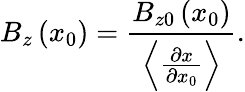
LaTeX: B_{z}\left(x_{0}\right)=\frac{B_{z0}\left(x_{0}\right)}{\left\langle\frac{\partial x}{\partial x_{0}}\right\rangle}.